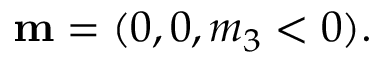
\begin{array} { r } { { \bf m } = ( 0 , 0 , m _ { 3 } < 0 ) . } \end{array}